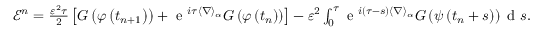
\begin{array} { r } { \mathcal { E } ^ { n } = \frac { \varepsilon ^ { 2 } \tau } { 2 } \left[ G \left( \varphi \left( t _ { n + 1 } \right) \right) + \textrm { e } ^ { i \tau \langle \nabla \rangle _ { \alpha } } G \left( \varphi \left( t _ { n } \right) \right) \right] - \varepsilon ^ { 2 } \int _ { 0 } ^ { \tau } \textrm { e } ^ { i ( \tau - s ) \langle \nabla \rangle _ { \alpha } } G \left( \psi \left( t _ { n } + s \right) \right) \textrm { d } s . } \end{array}